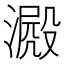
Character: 𣾮